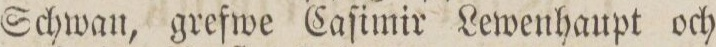
Schwan, grefwe Caſimir Lewenhaupt och